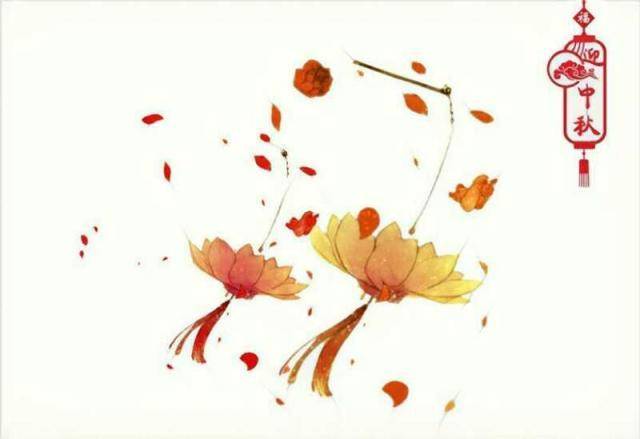
是天外空汗漫，但长风浩浩送中秋。